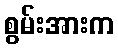
စွမ်းအားက